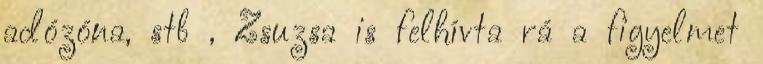
adózóna, stb , Zsuzsa is felhívta rá a figyelmet